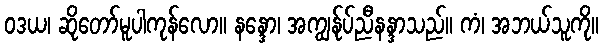
ဝဒယ၊ ဆိုတော်မူပါကုန်လော။ နန္ဒော၊ အကျွန်ုပ်ညီနန္ဒာသည်။ ကံ၊ အဘယ်သူကို။